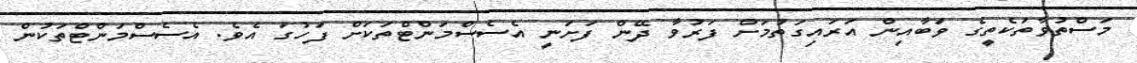
މަސްތުވާތަކެތީގެ ވަބާއިން އަރައިގަތުމަށް ފަރުވާ ދޭން ފަށަނީ އެސެސްމަންޓްތަކަށް ފަހުގަ އެވެ. އެސެސްމަންޓްތަކުން